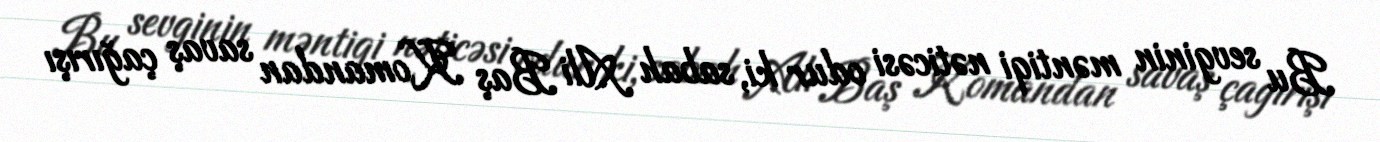
Bu sevginin məntiqi nəticəsi odur ki, sabah Ali Baş Komandan savaş çağırışı